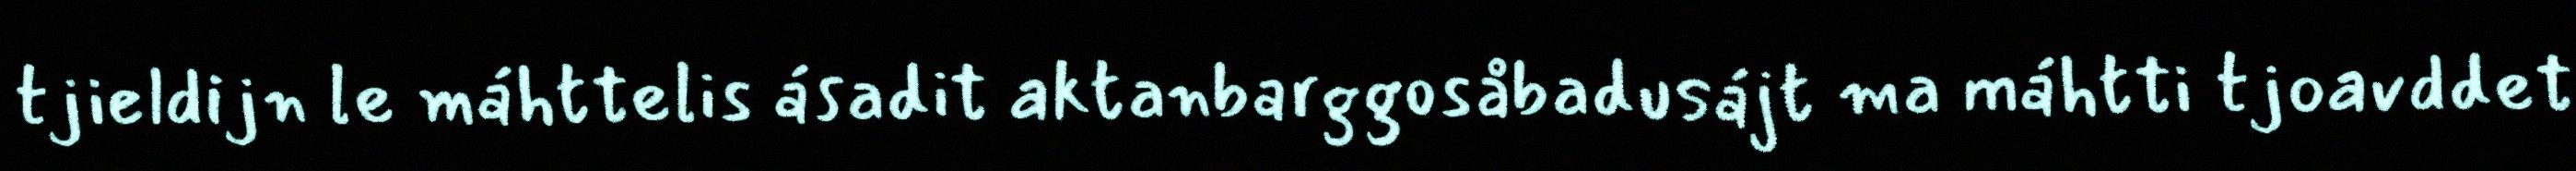
tjieldijn le máhttelis ásadit aktanbarggosåbadusájt ma máhtti tjoavddet